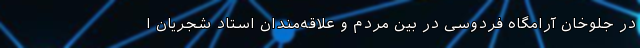
در جلوخان آرامگاه فردوسی در بین مردم و علاقه‌مندان استاد شجریان ا